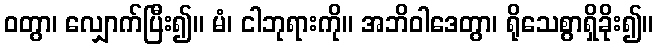
ဝတွာ၊ လျှောက်ပြီး၍။ မံ၊ ငါဘုရားကို။ အဘိဝါဒေတွာ၊ ရိုသေစွာရှိခိုး၍။